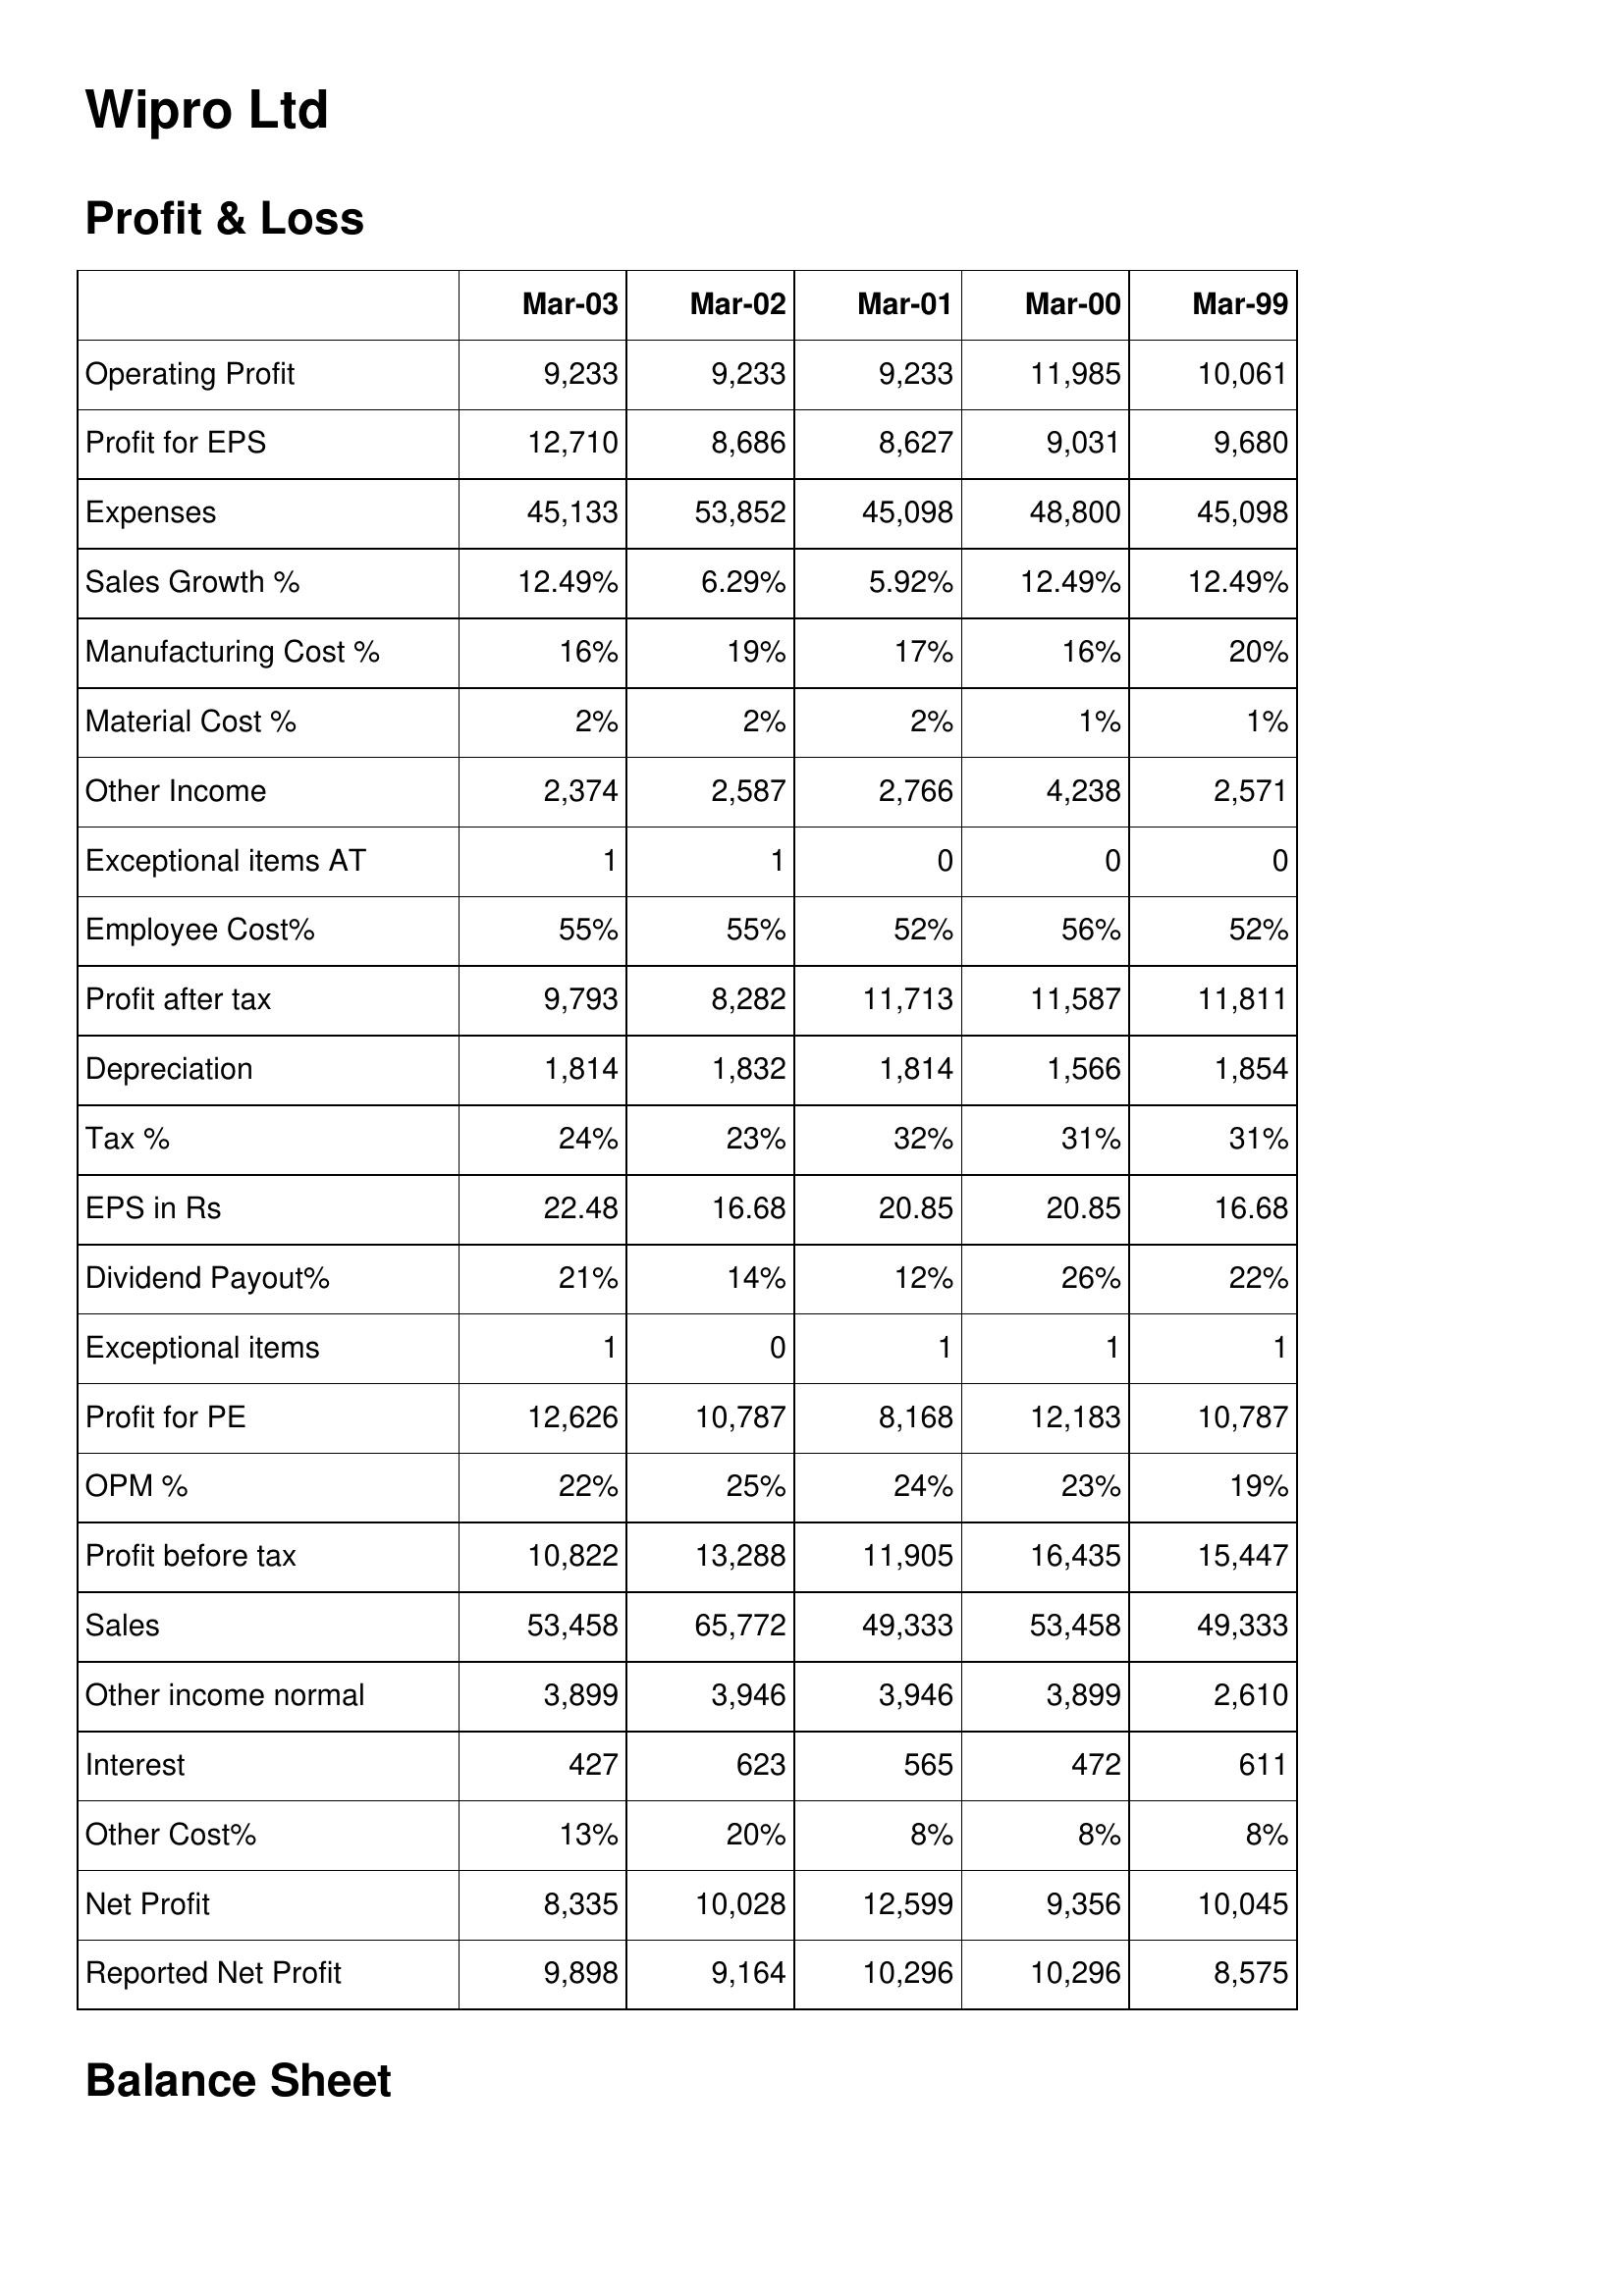
Mar-03: Profit & Loss: Operating Profit: 9,233
Profit for EPS: 12,710
Expenses: 45,133
Sales Growth %: 12.49%
Manufacturing Cost %: 16%
Material Cost %: 2%
Other Income: 2,374
Exceptional items AT: 1
Employee Cost%: 55%
Profit after tax: 9,793
Depreciation: 1,814
Tax %: 24%
EPS in Rs: 22.48
Dividend Payout%: 21%
Exceptional items: 1
Profit for PE: 12,626
OPM %: 22%
Profit before tax: 10,822
Sales: 53,458
Other income normal: 3,899
Interest: 427
Other Cost%: 13%
Net Profit: 8,335
Reported Net Profit: 9,898
Mar-02: Profit & Loss: Operating Profit: 9,233
Profit for EPS: 8,686
Expenses: 53,852
Sales Growth %: 6.29%
Manufacturing Cost %: 19%
Material Cost %: 2%
Other Income: 2,587
Exceptional items AT: 1
Employee Cost%: 55%
Profit after tax: 8,282
Depreciation: 1,832
Tax %: 23%
EPS in Rs: 16.68
Dividend Payout%: 14%
Exceptional items: 0
Profit for PE: 10,787
OPM %: 25%
Profit before tax: 13,288
Sales: 65,772
Other income normal: 3,946
Interest: 623
Other Cost%: 20%
Net Profit: 10,028
Reported Net Profit: 9,164
Mar-01: Profit & Loss: Operating Profit: 9,233
Profit for EPS: 8,627
Expenses: 45,098
Sales Growth %: 5.92%
Manufacturing Cost %: 17%
Material Cost %: 2%
Other Income: 2,766
Exceptional items AT: 0
Employee Cost%: 52%
Profit after tax: 11,713
Depreciation: 1,814
Tax %: 32%
EPS in Rs: 20.85
Dividend Payout%: 12%
Exceptional items: 1
Profit for PE: 8,168
OPM %: 24%
Profit before tax: 11,905
Sales: 49,333
Other income normal: 3,946
Interest: 565
Other Cost%: 8%
Net Profit: 12,599
Reported Net Profit: 10,296
Mar-00: Profit & Loss: Operating Profit: 11,985
Profit for EPS: 9,031
Expenses: 48,800
Sales Growth %: 12.49%
Manufacturing Cost %: 16%
Material Cost %: 1%
Other Income: 4,238
Exceptional items AT: 0
Employee Cost%: 56%
Profit after tax: 11,587
Depreciation: 1,566
Tax %: 31%
EPS in Rs: 20.85
Dividend Payout%: 26%
Exceptional items: 1
Profit for PE: 12,183
OPM %: 23%
Profit before tax: 16,435
Sales: 53,458
Other income normal: 3,899
Interest: 472
Other Cost%: 8%
Net Profit: 9,356
Reported Net Profit: 10,296
Mar-99: Profit & Loss: Operating Profit: 10,061
Profit for EPS: 9,680
Expenses: 45,098
Sales Growth %: 12.49%
Manufacturing Cost %: 20%
Material Cost %: 1%
Other Income: 2,571
Exceptional items AT: 0
Employee Cost%: 52%
Profit after tax: 11,811
Depreciation: 1,854
Tax %: 31%
EPS in Rs: 16.68
Dividend Payout%: 22%
Exceptional items: 1
Profit for PE: 10,787
OPM %: 19%
Profit before tax: 15,447
Sales: 49,333
Other income normal: 2,610
Interest: 611
Other Cost%: 8%
Net Profit: 10,045
Reported Net Profit: 8,575